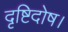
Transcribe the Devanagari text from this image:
दृष्टिदोष।